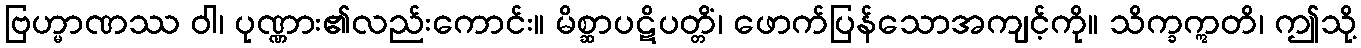
ဗြဟ္မာဏဿ ဝါ၊ ပုဏ္ဏား၏လည်းကောင်း။ မိစ္ဆာပဋိပတ္တိံ၊ ဖောက်ပြန်သောအကျင့်ကို။ သိက္ခဣတိ၊ ဤသို့